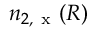
n _ { 2 , \mathrm { ~ x ~ } } ( R )